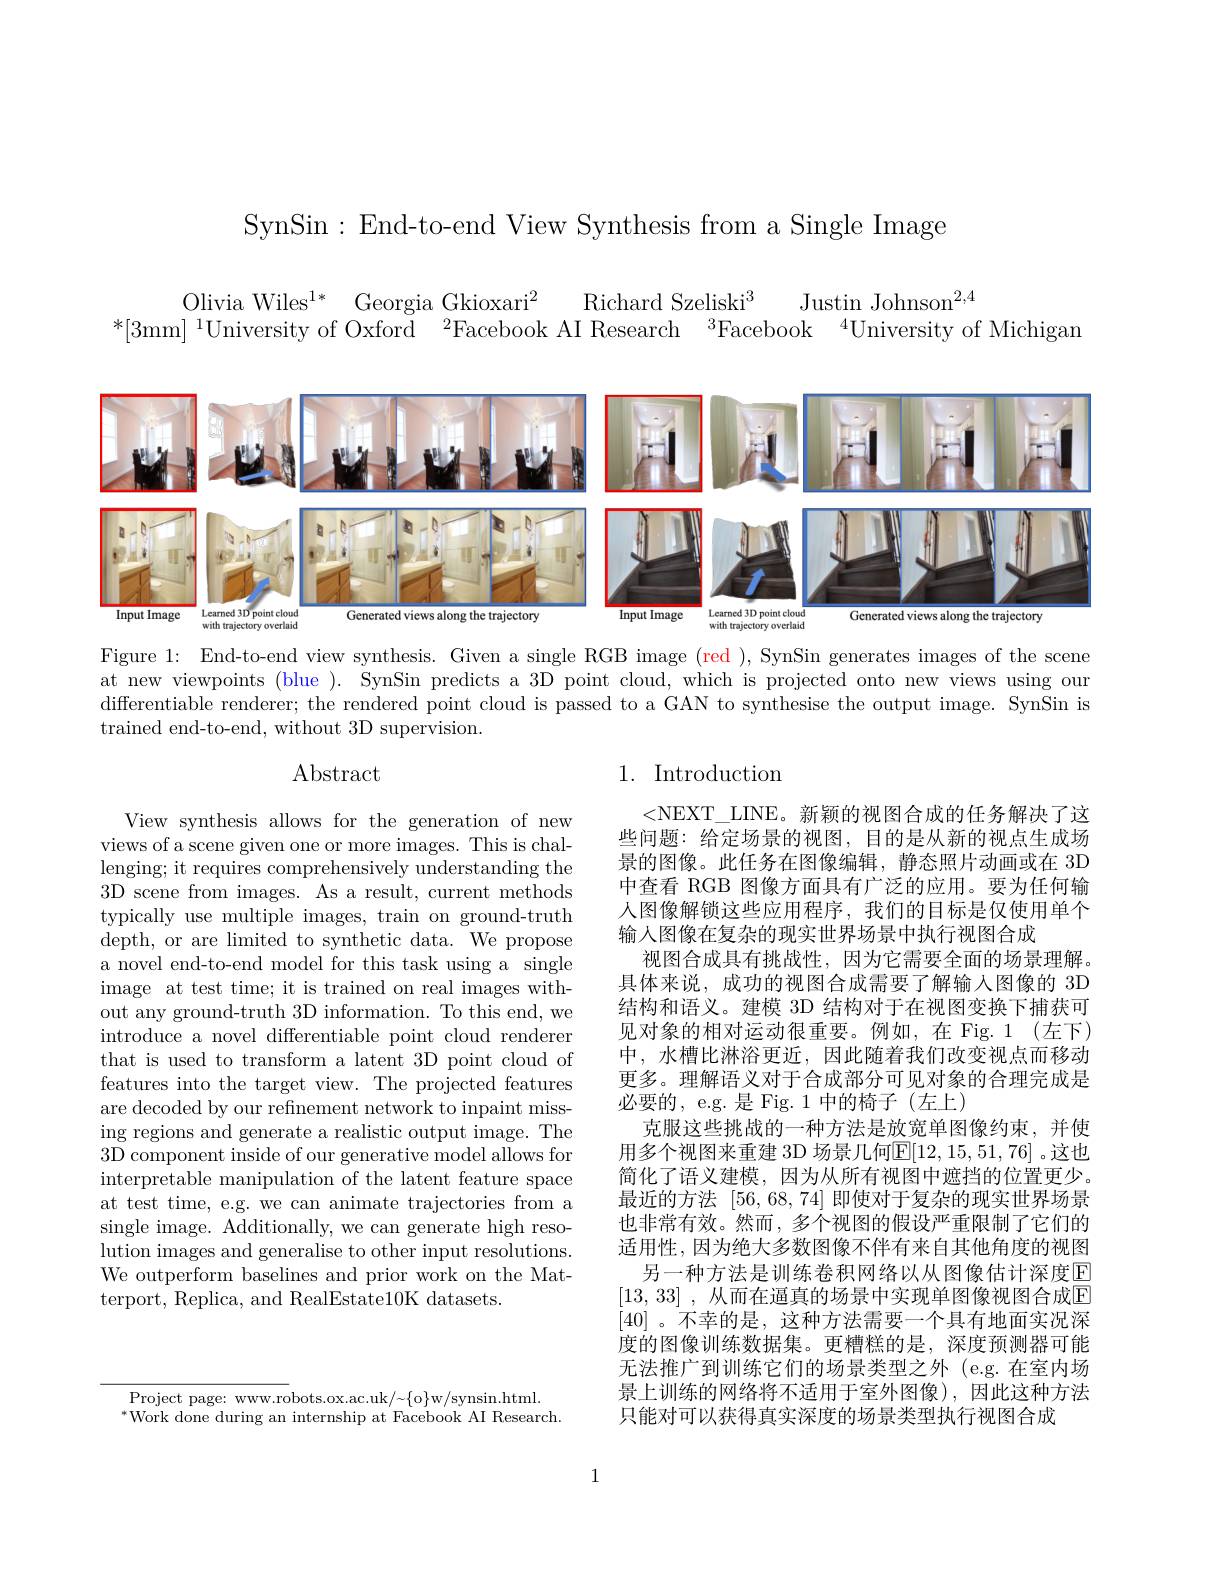
SynSin: End-to-end View Synthesis from a Single Image

Olivia Wiles$^{1* }$ Georgia Gkioxari$^2$
Richard Szeliski$^3$
Justin Johnson$^{2,4}$
$^{*}[3$mm$]^1$University of Oxford$\:^2$Facebook AI Research$\:^{3}$Facebook$\:^{4}$Universityof Michigam

<FigureHere>

Figure 1: End-to-end view synthesis. Given a single RGB image (red ), SynSin generates images of the scene at new viewpoints (blue ). SynSin predicts a 3D point cloud, which is projected onto new views using our differentiable renderer; the rendered point cloud is passed to a GAN to synthesise the output image. SynSin is trained end-to-end, without 3D supervision.

# $\operatorname{Abstract}$

## 1. Introduction

View synthesis allows for the generation of new views of a scene given one or more images. This is challenging; it requires comprehensively understanding the 3D scene from images. As a result, current methods typically use multiple images, train on ground-truth depth, or are limited to synthetic data. We propose a novel end-to-end model for this task using a single image at test time; it is trained on real images without any ground-truth 3D information. To this end, we introduce a novel differentiable point cloud renderer that is used to transform a latent 3D point cloud of features into the target view. The projected features are decoded by our refinement network to inpaint missing regions and generate a realistic output image. The 3D component inside of our generative model allows for interpretable manipulation of the latent feature space at test time, e.g. we can animate trajectories from a single image. Additionally, we can generate high resolution images and generalise to other input resolutions. We outperform baselines and prior work on the Matterport, Replica, and RealEstate10K datasets.

<NEXT\_LINE。新颖的视图合成的任务解决了这些问题：给定场景的视图，目的是从新的视点生成场景的图像。此任务在图像编辑，静态照片动画或在 3D 中查看 RGB 图像方面具有广泛的应用。要为任何输人图像解锁这些应用程序，我们的目标是仅使用单个输入图像在复杂的现实世界场景中执行视图合成
视图合成具有挑战性，因为它需要全面的场景理解。具体来说，成功的视图合成需要了解输入图像的 3D 结构和语义。建模 3D 结构对于在视图变换下捕获可见对象的相对运动很重要。例如，在 Fig. 1(左下) 中，水槽比淋浴更近，因此随着我们改变视点而移动更多。理解语义对于合成部分可见对象的合理完成是必要的，e.g. 是 Fig. 1 中的椅子(左上)
克服这些挑战的一种方法是放宽单图像约束，并使用多个视图来重建 3D 场景几何$\mathbb{E}[12,15,51,76]$。这也简化了语义建模，因为从所有视图中遮挡的位置更少。最近的方法[56,68,74]即使对于复杂的现实世界场景也非常有效。然而，多个视图的假设严重限制了它们的适用性，因为绝大多数图像不伴有来自其他角度的视图
另一种方法是训练卷积网络以从图像估计深度E [13,33] , 从而在逼真的场景中实现单图像视图合成$\mathbb{E}$ [40] 。不幸的是，这种方法需要一个具有地面实况深度的图像训练数据集。更糟糕的是，深度预测器可能无法推广到训练它们的场景类型之外 (e.g.在室内场景上训练的网络将不适用于室外图像),因此这种方法只能对可以获得真实深度的场景类型执行视图合成

$\overline{\mathrm{Project~page:~www.ro}}$bots.ox.ac.uk/~{o}w/synsin.html. $^{*}$Work done during an internship at Facebook AI Research.

1